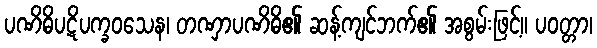
ပဏိဓိပဋိပက္ခဝသေန၊ တဏှာပဏိဓိ၏ ဆန့်ကျင်ဘက်၏ အစွမ်းဖြင့်။ ပဝတ္တာ၊